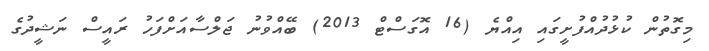
މިގޮތުން ކުޅުދުއްފުށީގައި އިއްޔެ (16 އޮގަސްޓް 2013) ބޭއްވުނު ޖަލްސާއަށްފަހު ރައީސް ނަޝީދުގެ